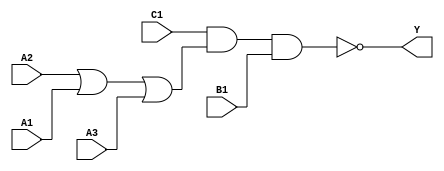
/*
 * Copyright 2020 The SkyWater PDK Authors
 *
 * Licensed under the Apache License, Version 2.0 (the "License");
 * you may not use this file except in compliance with the License.
 * You may obtain a copy of the License at
 *
 *     https://www.apache.org/licenses/LICENSE-2.0
 *
 * Unless required by applicable law or agreed to in writing, software
 * distributed under the License is distributed on an "AS IS" BASIS,
 * WITHOUT WARRANTIES OR CONDITIONS OF ANY KIND, either express or implied.
 * See the License for the specific language governing permissions and
 * limitations under the License.
 *
 * SPDX-License-Identifier: Apache-2.0
*/


`ifndef SKY130_FD_SC_LP__O311AI_FUNCTIONAL_V
`define SKY130_FD_SC_LP__O311AI_FUNCTIONAL_V

/**
 * o311ai: 3-input OR into 3-input NAND.
 *
 *         Y = !((A1 | A2 | A3) & B1 & C1)
 *
 * Verilog simulation functional model.
 */

`timescale 1ns / 1ps
`default_nettype none

`celldefine
module sky130_fd_sc_lp__o311ai (
    Y ,
    A1,
    A2,
    A3,
    B1,
    C1
);

    // Module ports
    output Y ;
    input  A1;
    input  A2;
    input  A3;
    input  B1;
    input  C1;

    // Local signals
    wire or0_out    ;
    wire nand0_out_Y;

    //   Name   Output       Other arguments
    or   or0   (or0_out    , A2, A1, A3     );
    nand nand0 (nand0_out_Y, C1, or0_out, B1);
    buf  buf0  (Y          , nand0_out_Y    );

endmodule
`endcelldefine

`default_nettype wire
`endif  // SKY130_FD_SC_LP__O311AI_FUNCTIONAL_V